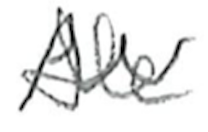
Text: He
Cross-out: zig-zag
Writing tool: pencil